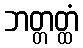
ဘတ္တတ္ထံ